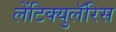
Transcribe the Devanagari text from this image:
लेंटिक्युलॅरिस